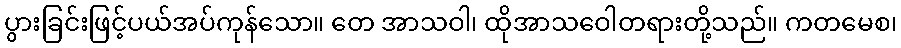
ပွားခြင်းဖြင့်ပယ်အပ်ကုန်သော။ တေ အာသဝါ၊ ထိုအာသဝေါတရားတို့သည်။ ကတမေစ၊